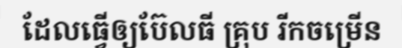
ដែលធ្វើឲ្យប៊ែលធី គ្រុប រីកចម្រើន